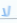
لا